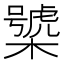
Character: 𣜍